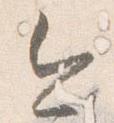
今